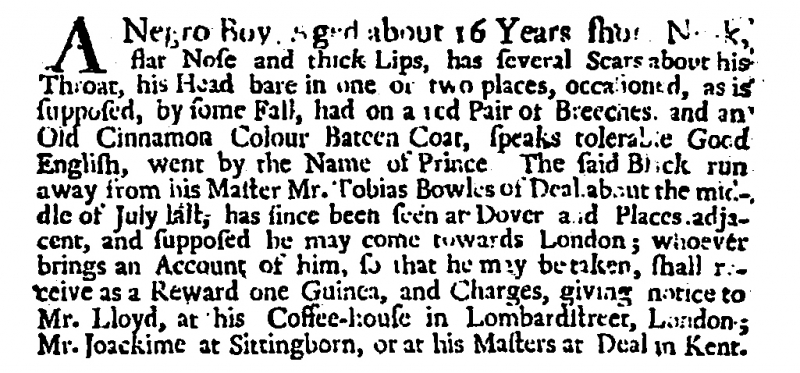
Post Boy (1695), 4 September 1707 (England)
A Negro Boy aged about 16 Years shor[t] N[ec]k, flat Nose and thick Lips, has several Scars about his Throat, his Head bare in one or two places, occasioned, as is supposed, by some Fall, had on a red Pair of Breeches and an Old Cinnamon Colour Bateen Coat, speaks tolerable Good English, went by the Name of Prince  The said Black run away from his Master Mr. Tobias Bowles of Deal about the middle of July last, has since been seen at Dover and Places adjacent, and supposed he may come towards London; whoever brings an Account of him, so that he may be taken, shall receive as a Reward one Guinea, and Charges, giving notice to Mr. Lloyd, at his Coffee-house in Lombardstreet, London; Mr. Joackime at Sittingborn, or at his Masters at Deal in Kent.